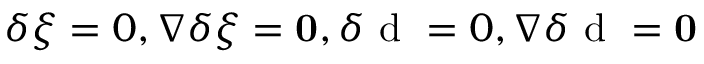
\delta \xi = 0 , \nabla \delta \xi = \mathbf { 0 } , \delta \mathrm { ~ d ~ } = 0 , \nabla \delta \mathrm { ~ d ~ } = \mathbf { 0 }